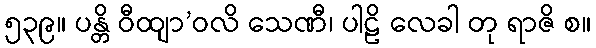
၅၃၉။ ပန္တိ ဝီထျာ’ဝလိ သေဏီ၊ ပါဠိ လေခါ တု ရာဇိ စ။